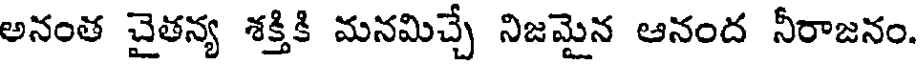
అనంత చైతన్య శక్తికి మనమిచ్చే నిజమైన ఆనంద నీరాజనం.